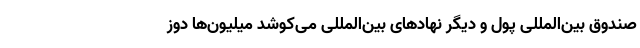
صندوق بین‌المللی پول و دیگر نهادهای بین‌المللی می‌کوشد میلیون‌ها دوز